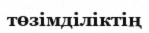
төзімділіктің